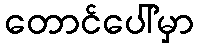
တောင်ပေါ်မှာ